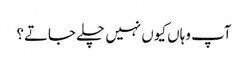
آپ وہاں کیوں نہیں چلے جاتے؟